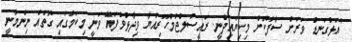
"އަޅުގަނޑު ވަރަށް ސާފުކޮށް މިކިޔައިދެނީ. ރައީސުލްޖުމްހޫރިއްޔާ ވިދާޅުވެފައޭ ވަނީ މިކަމުގައި ގޮތެއް ނިންމާނީ